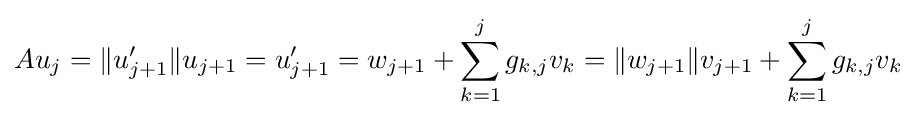
Au_{j}=\|u_{j+1}'\|u_{j+1}=u_{j+1}'=w_{j+1}+\sum _{k=1}^{j}g_{k,j}v_{k}=\|w_{j+1}\|v_{j+1}+\sum _{k=1}^{j}g_{k,j}v_{k}